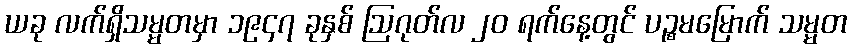
ယခု လက်ရှိသမ္မတမှာ ၁၉၄၇ ခုနှစ် ဩဂုတ်လ ၂၀ ရက်နေ့တွင် ပဉ္စမမြောက် သမ္မတ